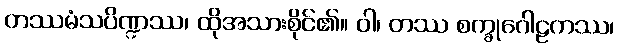
တဿမံသပိဏ္ဍဿ၊ ထိုအသားစိုင်၏။ ဝါ၊ တဿ စက္ခုဂေါဠကဿ၊